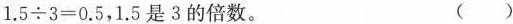
$$1 . 5 \div 3 = 0 . 5$$，1.5是3的倍数。 ( )